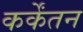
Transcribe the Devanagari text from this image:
कर्केंतन